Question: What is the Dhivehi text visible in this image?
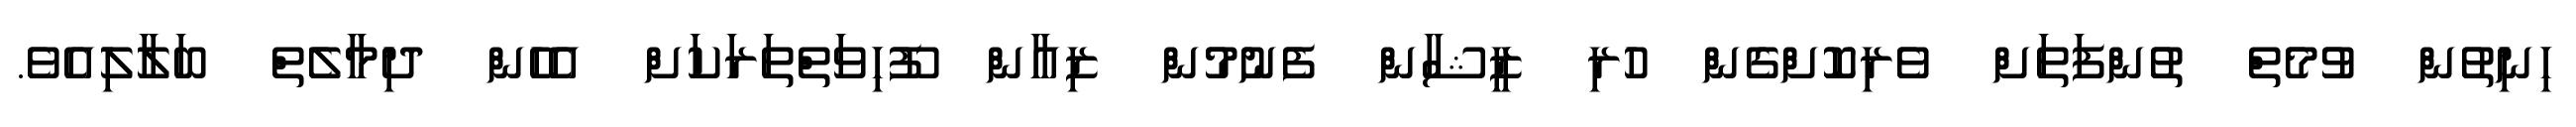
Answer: ހިނިތުން ވުމެތް ތުންފަތަށް ވެރިކޮށްގެން ހުރި ޒީޝާން ފެނުމުން ޒިއާން ފޫހިވަތްތަރަކަށް އެހެން ދިމާލެތް ބަލާލިއެވެ.